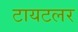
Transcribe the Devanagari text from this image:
टायटलर